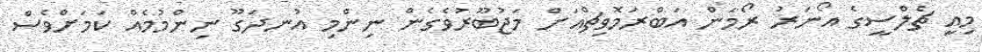
މިއީ ޗެލްސީގެ އޯނަރު ރޯމަން އަބްރަމޮވިޗްއަށް މަޖުބޫރުވެގެން ނިންމި އުނދަގޫ ނިންމުމެއް ކަމަށްވެސް